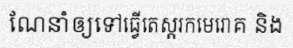
ណែនាំឲ្យទៅធ្វើតេស្តរកមេរោគ និង